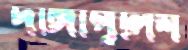
দাঙ্গাপুলিশ